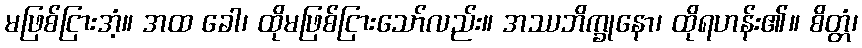
မဖြစ်ငြားအံ့။ အထ ခေါ၊ ထိုမဖြစ်ငြားသော်လည်း။ အဿဘိက္ခုနော၊ ထိုရဟန်း၏။ စိတ္တံ၊